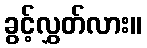
ခွင့်လွှတ်လား။